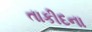
તાકીદના